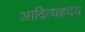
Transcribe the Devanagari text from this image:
आदित्यह्रदय